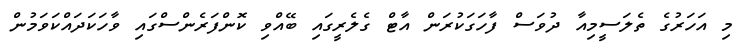
މި އަހަރުގެ ތެލަސީމިއާ ދުވަސް ފާހަގަކުރަން އާޓް ގެލެރީގައި ބޭއްވި ކޮންފަރެންސްގައި ވާހަކަދައްކަވަމުން